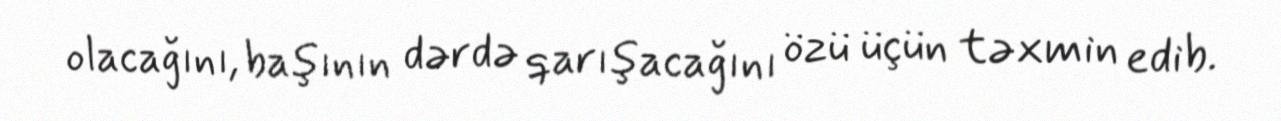
olacağını, başının dərdə qarışacağını özü üçün təxmin edib.